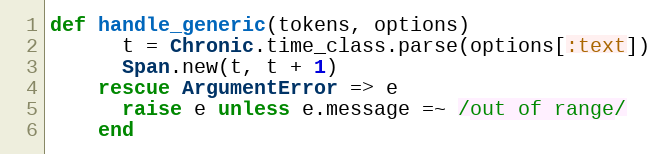
Language: Ruby
def handle_generic(tokens, options)
      t = Chronic.time_class.parse(options[:text])
      Span.new(t, t + 1)
    rescue ArgumentError => e
      raise e unless e.message =~ /out of range/
    end